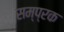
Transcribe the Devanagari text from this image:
सम्प्रक